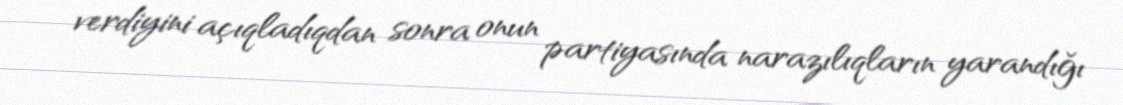
verdiyini açıqladıqdan sonra onun partiyasında narazılıqların yarandığı